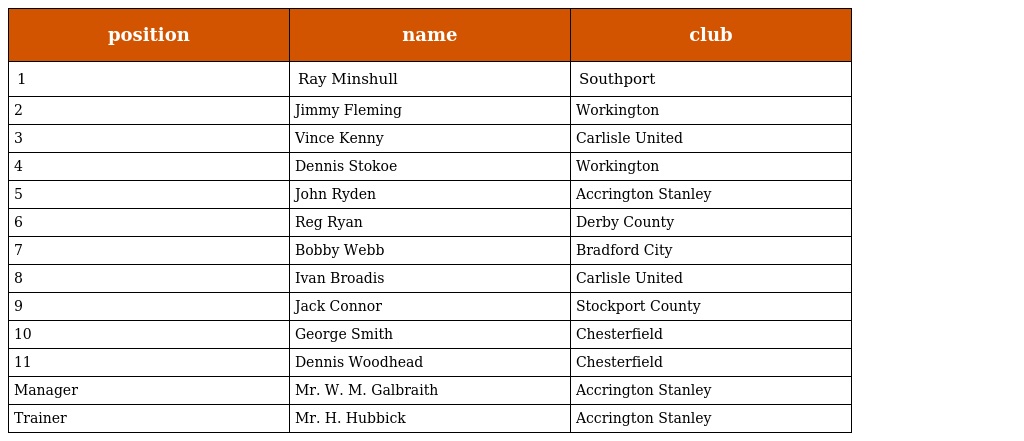
| position | name | club |
 | --- | --- | --- |
 | 1 | Ray Minshull | Southport |
 | 2 | Jimmy Fleming | Workington |
 | 3 | Vince Kenny | Carlisle United |
 | 4 | Dennis Stokoe | Workington |
 | 5 | John Ryden | Accrington Stanley |
 | 6 | Reg Ryan | Derby County |
 | 7 | Bobby Webb | Bradford City |
 | 8 | Ivan Broadis | Carlisle United |
 | 9 | Jack Connor | Stockport County |
 | 10 | George Smith | Chesterfield |
 | 11 | Dennis Woodhead | Chesterfield |
 | Manager | Mr. W. M. Galbraith | Accrington Stanley |
 | Trainer | Mr. H. Hubbick | Accrington Stanley |